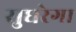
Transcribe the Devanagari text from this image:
सुधरेगा